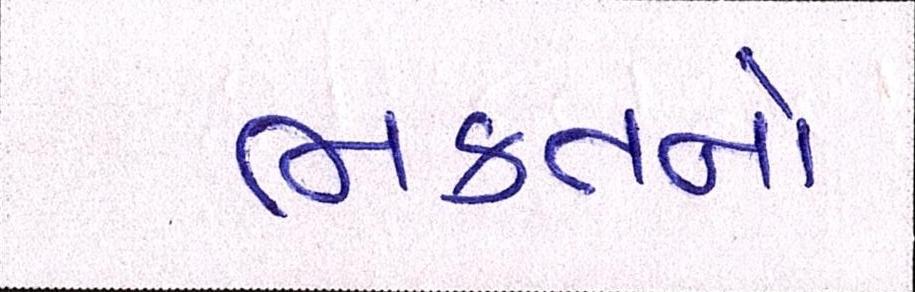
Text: ભક્તનો